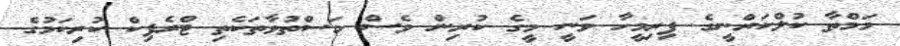
މަމްތާ ކުލްކަރްނީގެ ފިރިމީހާ ވަނީ މީގެ ކުރިން ވެސް މަސްތުވާތަކެތި ޓްރެފިކް ކުރިކަމުގެ